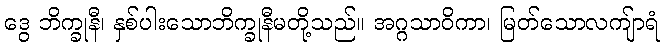
ဒွေ ဘိက္ခုနီ၊ နှစ်ပါးသောဘိက္ခုနီမတို့သည်။ အဂ္ဂသာဝိကာ၊ မြတ်သောလကျ်ာရံ